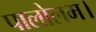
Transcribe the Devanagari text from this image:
पालोलम।